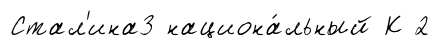
Стал'ина3 национа́льный К 2